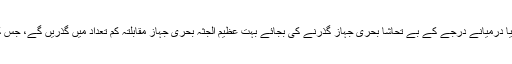
اس منصوبے کا کاروباری اور ماحولیاتی پہلوؤں سے یہ فائدہ بھی ہوگا کہ تب پاناما کینال سے چھوٹے یا درمیانے درجے کے بے تحاشا بحری جہاز گذرنے کی بجائے بہت عظیم الجثہ بحری جہاز مقابلتہ کم تعداد میں گذریں گے، جس کے ذریعے مالی وسائل اور وقت دونوں کی بچت ہو گی، اور ماحولیاتی آلودگی بھی قدرے کم پیدا ہو گی۔